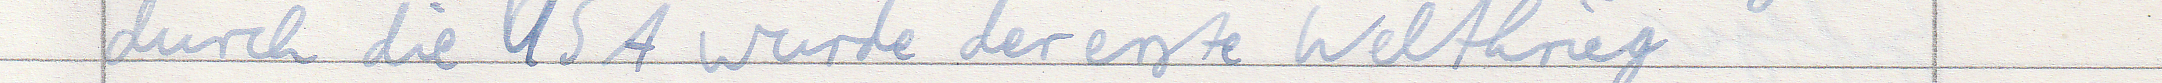
durch die USA wurde der erste Weltkrieg